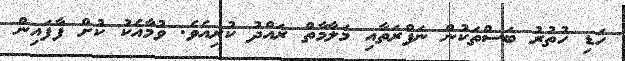
ހަޑި ހުތުރު ބަސްތަކުން ނަފްރަތާއި މަލާމާތް ރައްދު ކުރިއެވެ. ވުމާއެކު ކުށް ފާފައިން